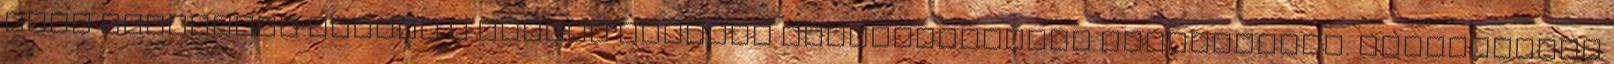
amik segítenek minket a lehető legjobb szolgáltatások nyújtásában. Weboldalunk